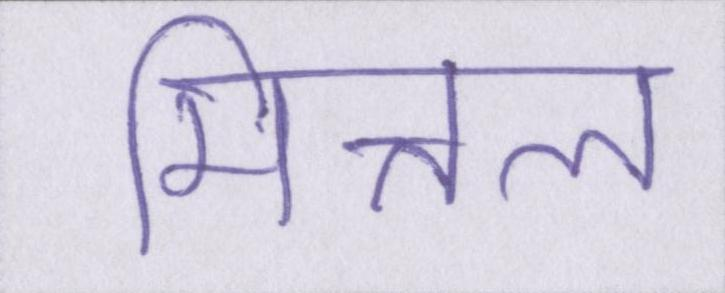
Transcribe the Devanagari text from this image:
मित्तल